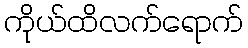
ကိုယ်ထိလက်ရောက်